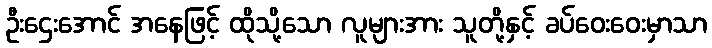
ဦးဌေးအောင် အနေဖြင့် ထိုသို့သော လူများအား သူတို့နှင့် ခပ်ဝေးဝေးမှာသာ